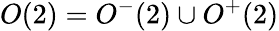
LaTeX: O(2)=O^{-}(2)\cup O^{+}(2)